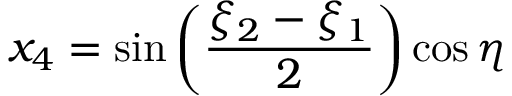
x _ { 4 } = \sin \left( { \frac { \xi _ { 2 } - \xi _ { 1 } } { 2 } } \right) \cos \eta